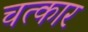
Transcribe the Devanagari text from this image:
चत्कार